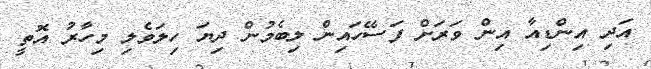
އަދި އިންޑިއާ އިން ވަރަށް ފަސޭހައިން ލިބެމުން ދިޔަ ހިލަވެލި މިހާރު އޮތީ